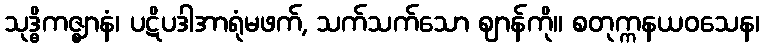
သုဒ္ဓိကဇ္ဈာနံ၊ ပဋိပဒါအာရုံမဖက်, သက်သက်သော ဈာန်ကို။ စတုက္ကနယဝသေန၊